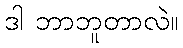
ဒါ ဘာဘူတာလဲ။